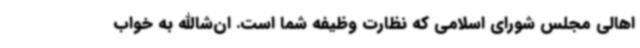
اهالی مجلس شورای اسلامی که نظارت وظیفه شما است. ان‌شاالله به خواب